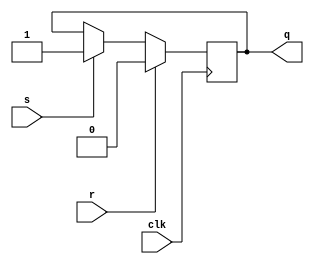
module rsff(clk,r,s,q);
  input clk,r,s;
  output reg q;
	always @(posedge clk) 
	   if(r) q=0;
	   else if(s) q=1;
	   else q=q;
endmodule